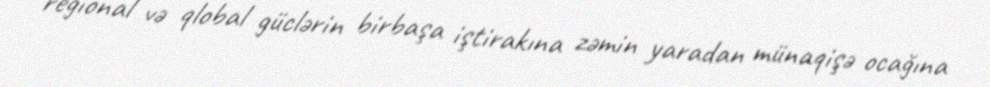
regional və qlobal güclərin birbaşa iştirakına zəmin yaradan münaqişə ocağına